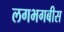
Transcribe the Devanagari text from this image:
लगभगबीस